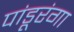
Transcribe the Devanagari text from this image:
पांडूरंगा